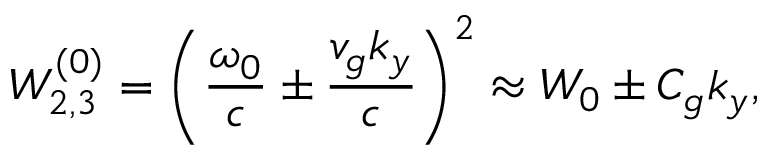
W _ { 2 , 3 } ^ { ( 0 ) } = \left( \frac { \omega _ { 0 } } { c } \pm \frac { v _ { g } k _ { y } } { c } \right) ^ { 2 } \approx W _ { 0 } \pm C _ { g } k _ { y } ,